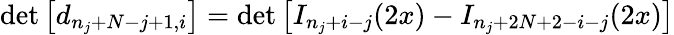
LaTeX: \operatorname*{det}\left[d_{n_{j}+N-j+1,i}\right]=\operatorname*{det}\left[I_{n_{j}+i-j}(2x)-I_{n_{j}+2N+2-i-j}(2x)\right]